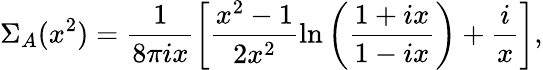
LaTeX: \Sigma_{A}(x^{2})=\frac{1}{8\pi ix}\left[\frac{x^{2}-1}{2x^{2}}\ln\left(\frac{1+ix}{1-ix}\right)+\frac{i}{x}\right],